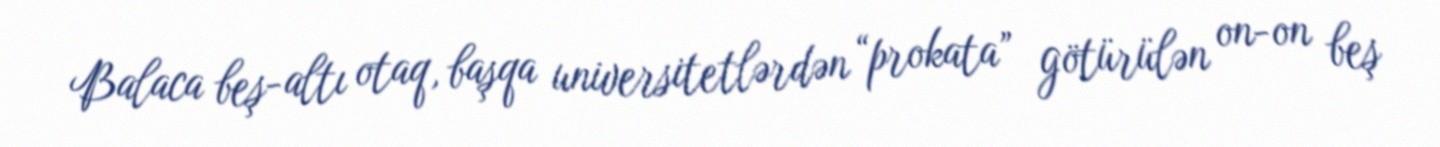
Balaca beş-altı otaq, başqa universitetlərdən “prokata” götürülən on-on beş